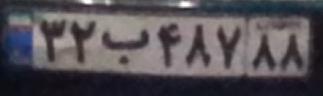
۳۲ب۴۸۷۸۸